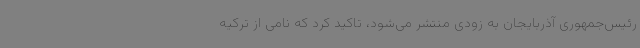
رئیس‌جمهوری آذربایجان به زودی منتشر می‌شود، تاکید کرد که نامی از ترکیه